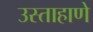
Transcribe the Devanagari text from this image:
उस्ताहाणे